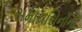
સમાચારોનોની